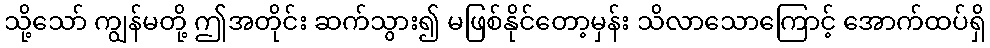
သို့သော် ကျွန်မတို့ ဤအတိုင်း ဆက်သွား၍ မဖြစ်နိုင်တော့မှန်း သိလာသောကြောင့် အောက်ထပ်ရှိ